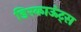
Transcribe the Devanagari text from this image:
डिस्काऊंट्स